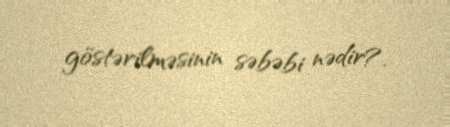
göstərilməsinin səbəbi nədir?.